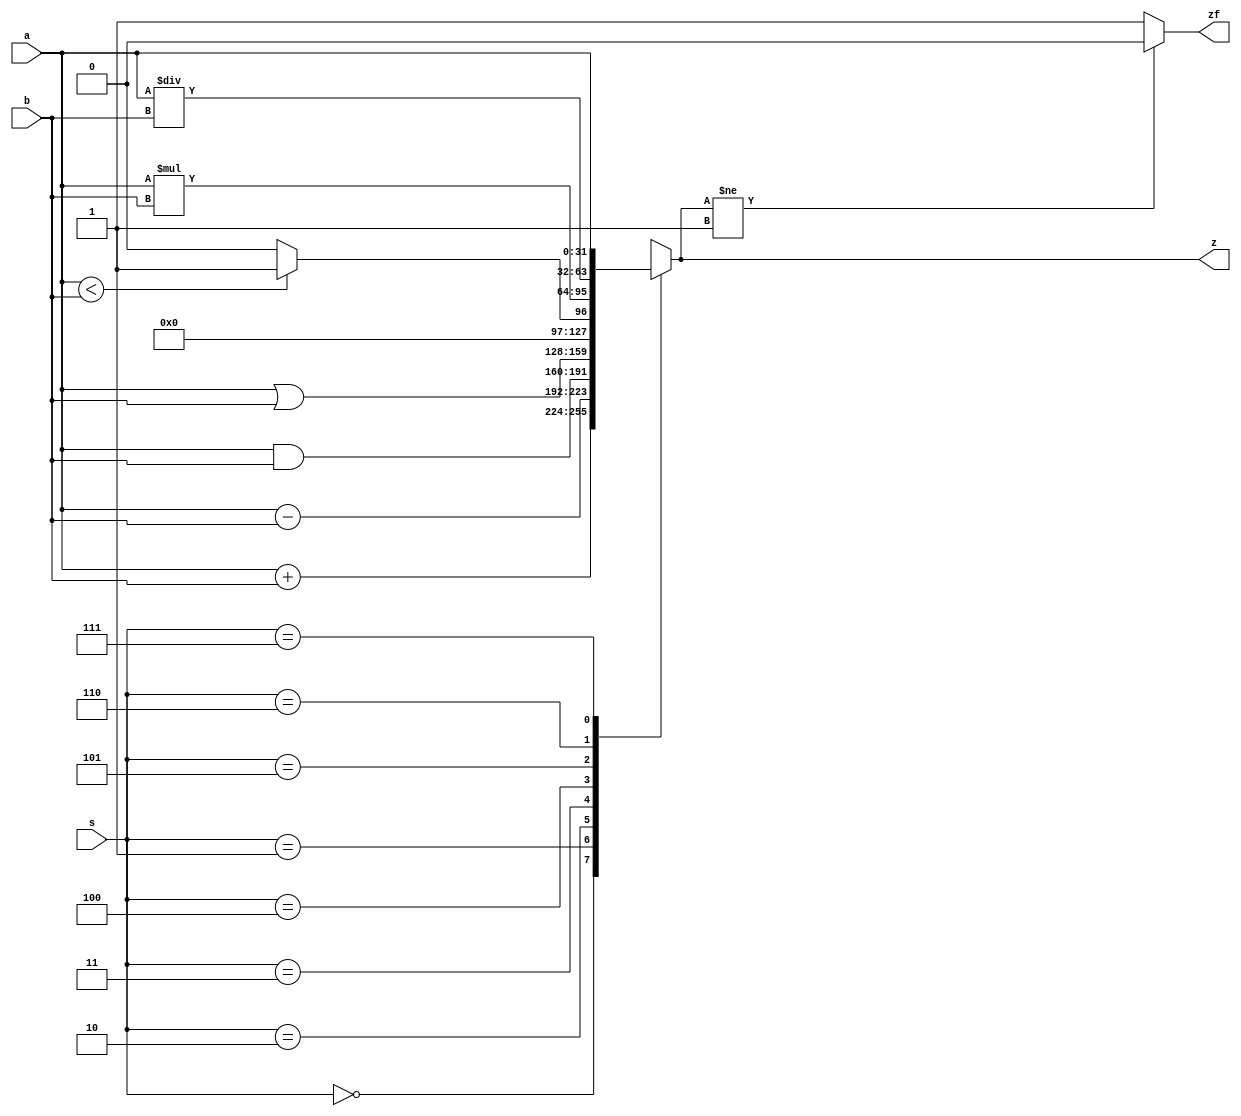
module ALU(
    input [31:0] a, b,
    input  [2:0] s, //4bit
    output reg zf,
    output reg [31:0] z
);



always @* //Lista de sensibilidad
begin

    case (s)

    3'd0:
    begin

        z = a + b;

    end
    
    3'd1:
    begin

        z = a - b;

    end
    
    3'd2:
    begin

        z = a & b;

    end
    
    3'd3:
    begin

        z = a | b;


    end
    
    3'd4:
    begin

        if (a < b) begin

            z = 32'd1;

        end else begin

            z = 32'd0;
        end
        
    end
    
    3'd5:
    begin

        z = a * b;


    end
    
    3'd6:
    begin

        z = a / b;
    
    end
    
    3'd7:
    begin

        z = a << 5'd0;
    
    end
    
    endcase

    if (z != 1) begin
        
        zf = 1'b0;
        
    end else begin
        
        zf  = 1'b1;
        
    end

    //leer
    
end



endmodule